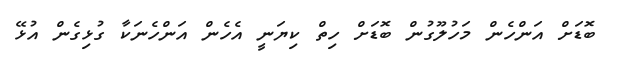
ބޮޑަށް އަންހެން މަހުލޫގުން ބޮޑަށް ހިތް ކިޔަނީ އެހެން އަންހެނަކާ ގުޅިގެން އުޅޭ